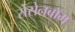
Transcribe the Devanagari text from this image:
रोसेनबॉम